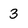
Character: 3